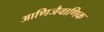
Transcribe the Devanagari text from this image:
आणिजैवाणिक